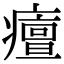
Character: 𤺺